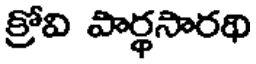
క్రోవి పార్థసారథి